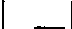
| _ |